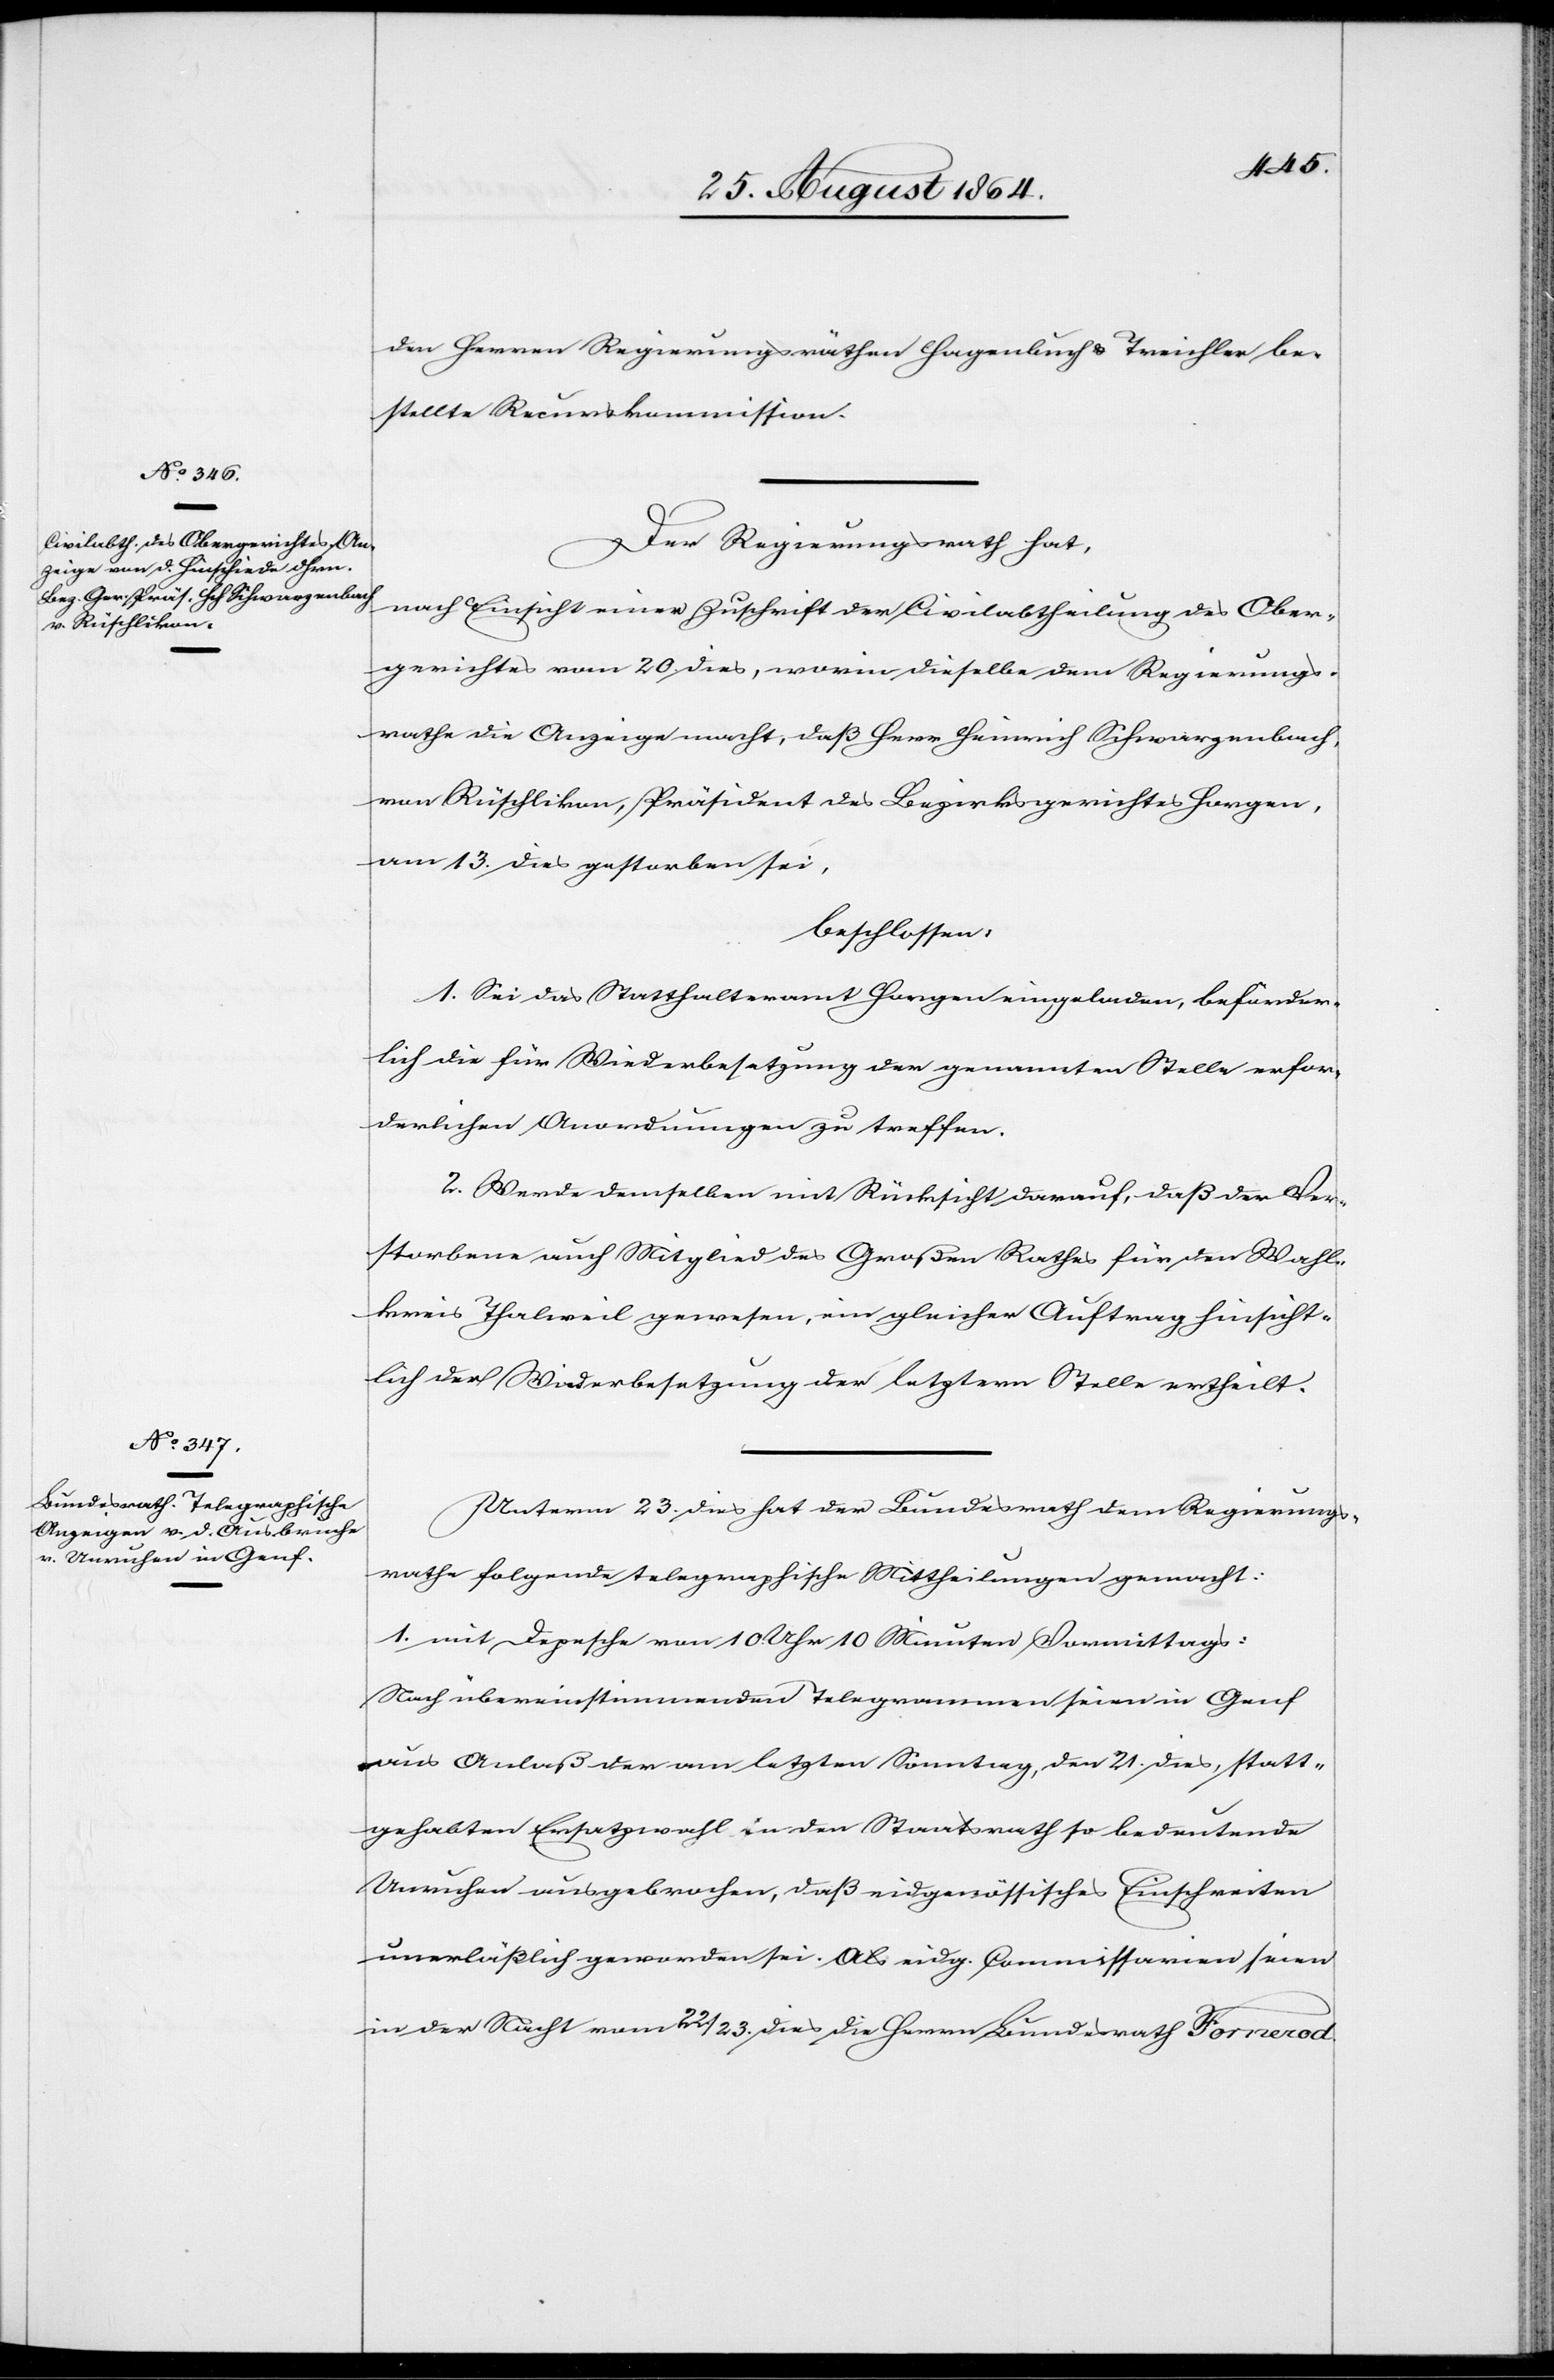
den Herren Regierungsräthen Hagenbuch & Treichler be¬
stellte Recurskommission.
Der Regierungsrath hat,
nach Einsicht einer Zuschrift der Civilabtheilung des Ober¬
gerichtes vom 20. dies, worin dieselbe dem Regierungs¬
rathe die Anzeige macht, daß Herr Heinrich Schwarzenbach,
von Rüschlikon, Präsident des Bezirksgerichtes Horgen
am 13. dies gestorben sei,
beschlossen:
1. Sei das Statthalteramt Horgen eingeladen, beförder¬
lich die für Wiederbesetzung der genannten Stelle erfor¬
derlichen Anordnungen zu treffen.
2. Werde demselben mit Rücksicht darauf, daß der Ver¬
storbene auch Mitglied des Großen Rathes für den Wahl¬
kreis Thalweil gewesen, ein gleicher Auftrag hinsicht¬
lich der Wiederbesetzung der letztern Stelle ertheilt.
Unterm 23. dies hat der Bundesrath dem Regierungs¬
rathe folgende telegraphische Mittheilungen gemacht:
1. mit Depesche von 10 Uhr 10 Minuten Vormittags:
Nach übereinstimmenden Telegrammen seien in Genf
aus Anlaß der am letzten Sonntag, dem 21. dies, statt¬
gehabten Ersatzwahl in den Staatsrath so bedeutende
Unruhen ausgebrochen, daß eidgenössisches Einschreiten
unerläßlich geworden sei. Als eidg. Commissarien seien
in der Nacht vom 22./23. dies die Herren Bundesrath Fornerod